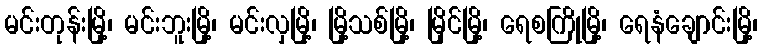
မင်းတုန်းမြို့၊ မင်းဘူးမြို့၊ မင်းလှမြို့၊ မြို့သစ်မြို့၊ မြိုင်မြို့၊ ရေစကြိုမြို့၊ ရေနံချောင်းမြို့၊